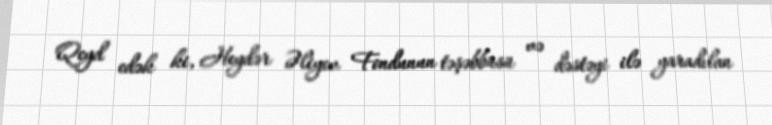
Qeyd edək ki, Heydər Əliyev Fondunun təşəbbüsü və dəstəyi ilə yaradılan